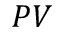
P V